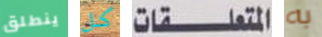
ينطلق كل المتعلقات به